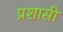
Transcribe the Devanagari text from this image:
प्रशासी